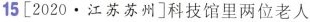
15[2020·江苏苏州]科技馆里两位老人